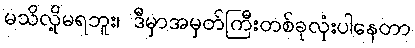
မသိလို့မရဘူး၊ ဒီမှာအမှတ်ကြီးတစ်ခုလုံးပါနေတာ